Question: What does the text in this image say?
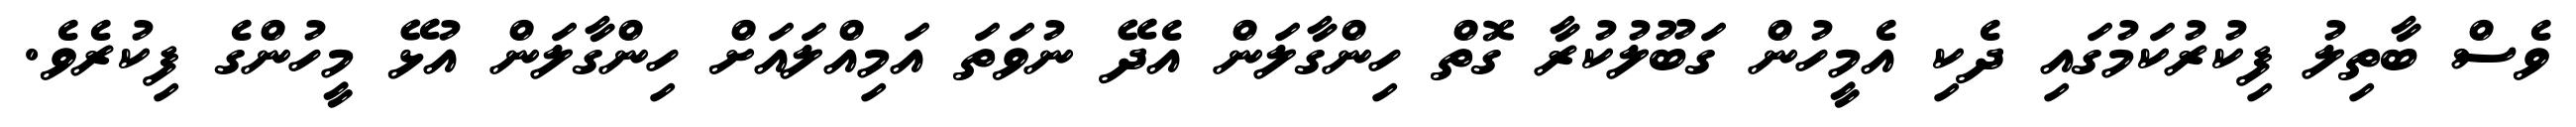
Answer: ވެސް ބާތިލު ފިކުރުކަމުގައި ދެކި އެމީހުން ގަބޫލުކުރާ ގޮތް ހިންގާލަން އެދޭ ނުވަތަ އަމިއްލައަށް ހިންގާލަން އުޅޭ މީހުންގެ ފިކުރެވެ.